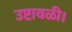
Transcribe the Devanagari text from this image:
उष्टावळी।